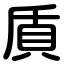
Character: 貭